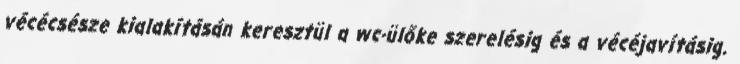
vécécsésze kialakításán keresztül a wc-ülőke szerelésig és a vécéjavításig.